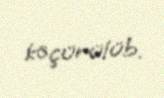
köçürülüb.